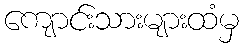
ကျောင်းသားများထံမှ